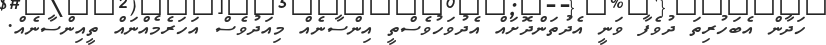
ހަދާން އެބަހުރިތަ ދުވެފާ ވަނީ އެދުތަންދޮށައް އެދުވަހުވެސްތީ އިންސާނެއް މިއަދުވެސް އަހަރެމެއްނައް ތީއިންސާނެއް.